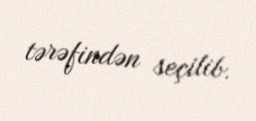
tərəfindən seçilib.